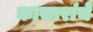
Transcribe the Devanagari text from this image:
कासारांचे